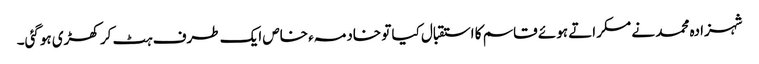
شہزادہ محمد نے مسکراتے ہوئے قاسم کا استقبال کیا تو خادمہء خاص ایک طرف ہٹ کر کھڑی ہوگئی۔